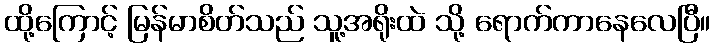
ထို့ကြောင့် မြန်မာစိတ်သည် သူ့အရိုးထဲ သို့ ရောက်ကာနေလေပြီ။